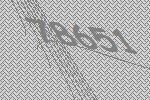
78651